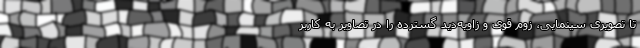
تا تصویری سینمایی، زوم قوی و زاویه‌دید گسترده را در تصاویر به کاربر